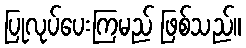
ပြုလုပ်ပေးကြမည် ဖြစ်သည်။